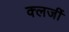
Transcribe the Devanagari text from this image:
क्लर्जी